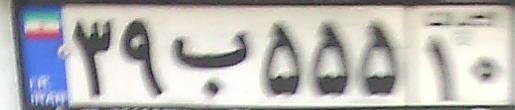
۳۹ب۵۵۵۱۰